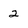
Character: 2